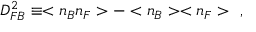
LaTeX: D _ { F B } ^ { 2 } \equiv < n _ { B } n _ { F } > - < n _ { B } > < n _ { F } > \ \ ,